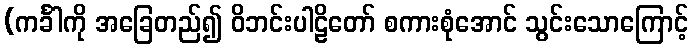
(ကင်္ခါကို အခြေတည်၍ ဝိဘင်းပါဠိတော် စကားစုံအောင် သွင်းသောကြောင့်